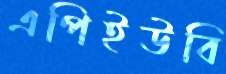
এপিইউবি